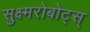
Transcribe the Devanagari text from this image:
सुक्ष्मरोबोट्स्